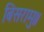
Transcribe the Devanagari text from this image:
बिसरामु॥